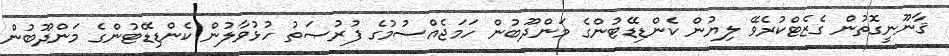
ޤާނޫނީގޮތުން ގެޒެޓްކުރެވޭ ލިޔުން ކެންޑިޑޭޓުންގެ މަންދޫބުން ހަމަޖެއްސުމުގެ ފުރުޞަތު ހުޅުވާލުން ކެންޑިޑޭޓުންގެ މަންދޫބުން